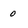
Character: 0